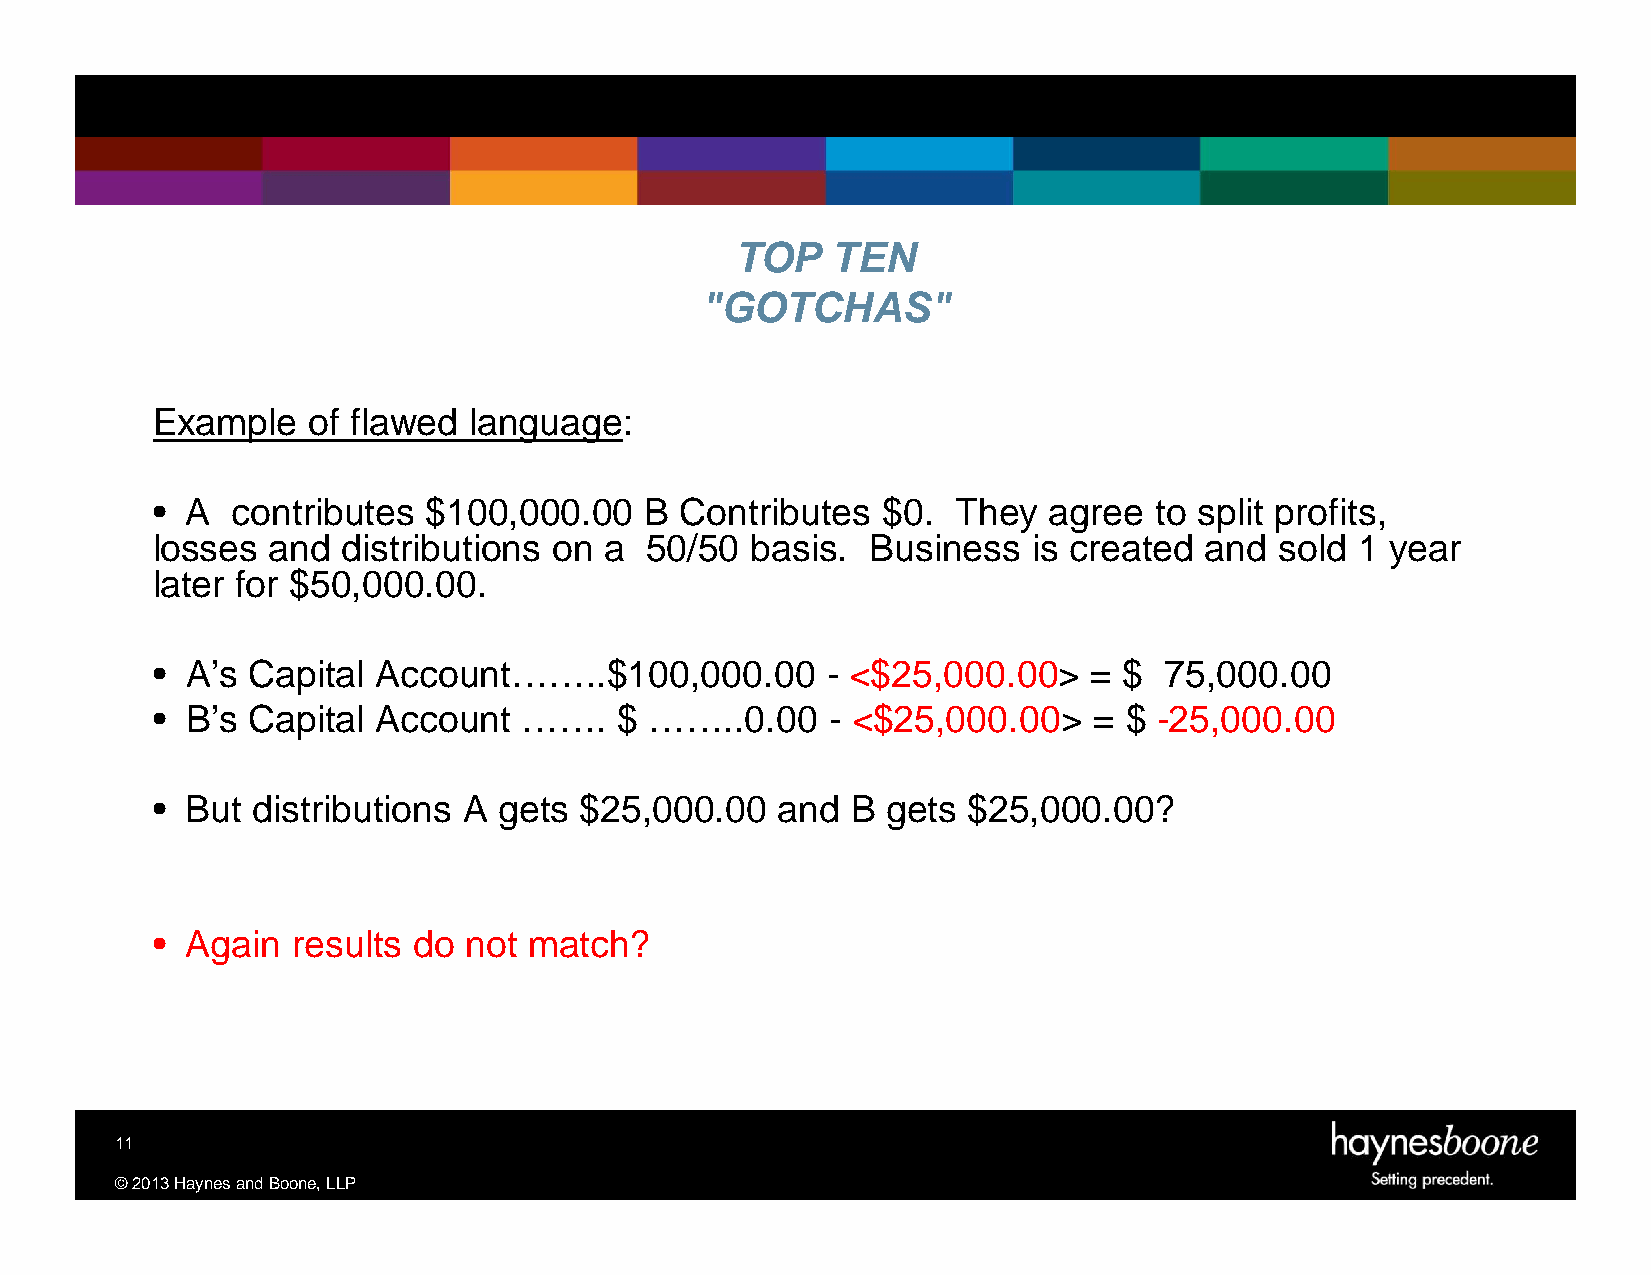
TOP   TEN
 "GOTCHAS"
 Example   of flawed  language:
 • A  contributes  $100,000.00    B Contributes  $0.  They  agree  to split profits,
 losses  and  distributions on a  50/50  basis.  Business  is created  and  sold 1 year
 later for $50,000.00.
 • A’s Capital  Account……..$100,000.00        - <$25,000.00>   = $  75,000.00
 • B’s Capital  Account   …….   $ ……..0.00    - <$25,000.00>   = $  -25,000.00
 • But  distributions A gets $25,000.00    and B  gets $25,000.00?
 • Again  results do  not match?
 11
 ©2013HaynesandBoone,LLP